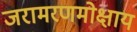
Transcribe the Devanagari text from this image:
जरामरणमोक्षाय